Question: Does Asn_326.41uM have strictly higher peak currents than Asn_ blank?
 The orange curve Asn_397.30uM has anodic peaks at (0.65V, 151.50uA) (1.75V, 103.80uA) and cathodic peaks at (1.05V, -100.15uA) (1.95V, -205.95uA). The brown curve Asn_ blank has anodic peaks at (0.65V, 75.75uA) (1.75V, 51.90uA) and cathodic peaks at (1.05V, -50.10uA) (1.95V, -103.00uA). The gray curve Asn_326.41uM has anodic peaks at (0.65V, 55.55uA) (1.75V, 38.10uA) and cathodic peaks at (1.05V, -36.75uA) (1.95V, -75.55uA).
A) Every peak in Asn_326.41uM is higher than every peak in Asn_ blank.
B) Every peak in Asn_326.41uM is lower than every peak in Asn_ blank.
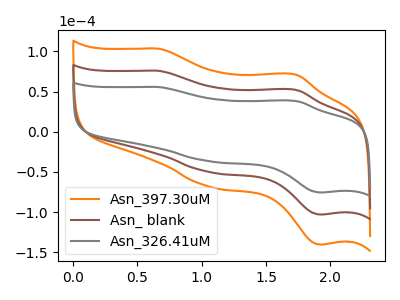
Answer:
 <answer>B) Every peak in "Asn_326.41uM" is lower than every peak in "Asn_ blank".</answer>
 <eval>B</eval>